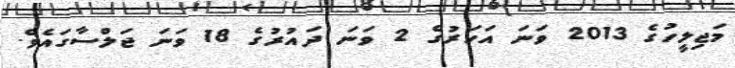
މަޖިލީހުގެ 2013 ވަނަ އަހަރުގެ 2 ވަނަ ދައުރުގެ 18 ވަނަ ޖަލްސާގައެވެ.